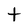
Character: t